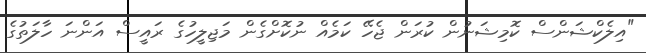
"އިލެކްޝަންސް ކޮމިޝަނުން ކުރަން ޖެހޭ ކަމެއް ނުކޮށްގެން މަޖިލީހުގެ ރައީސް އަންނަ ހާލަތުގެ